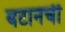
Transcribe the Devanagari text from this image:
बटानची